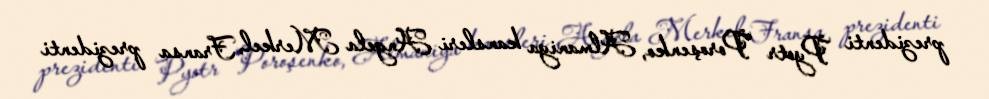
prezidenti Pyotr Poroşenko, Almaniya kansleri Angela Merkel, Fransa prezidenti